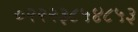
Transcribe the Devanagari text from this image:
०२२२३८५४८५३